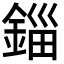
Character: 錙